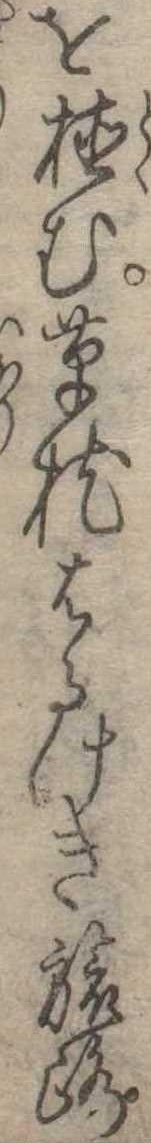
を植む草枕はるけき旅路